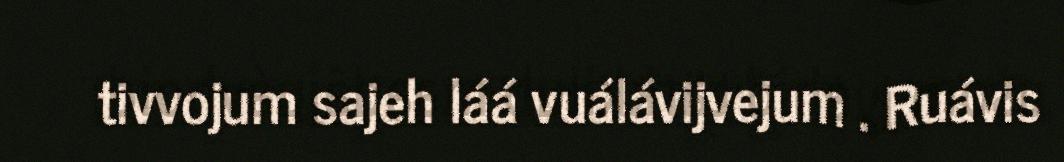
tivvojum sajeh láá vuálávijvejum . Ruávis